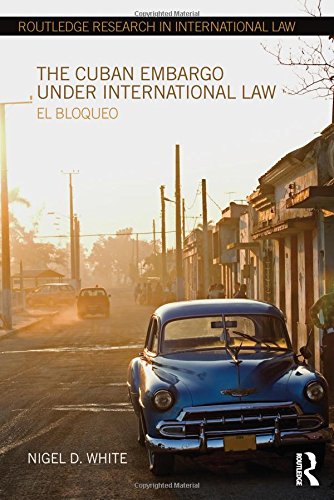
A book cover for The Cuban Embargo under International Law: El Bloqueo (Routledge Research in International Law); Nigel D. White; Business & Money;